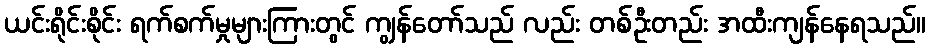
ယင်းရိုင်းစိုင်း ရက်စက်မှုများကြားတွင် ကျွန်တော်သည် လည်း တစ်ဦးတည်း အထီးကျန်နေရသည်။